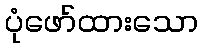
ပုံဖော်ထားသော